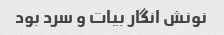
نونش انگار بیات و سرد بود